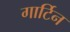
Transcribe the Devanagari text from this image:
गार्टिन